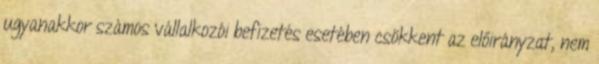
ugyanakkor számos vállalkozói befizetés esetében csökkent az előirányzat, nem